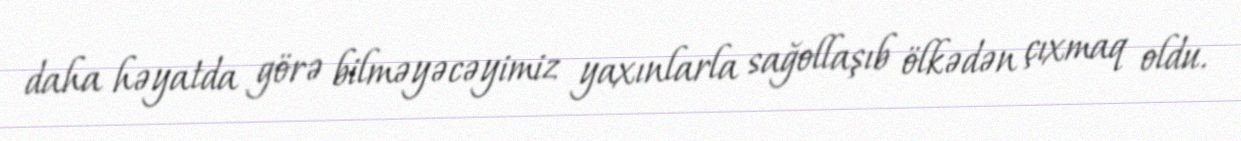
daha həyatda görə bilməyəcəyimiz yaxınlarla sağollaşıb ölkədən çıxmaq oldu.